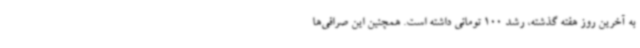
به آخرین روز هفته گذشته، رشد 100 تومانی داشته است. همچنین این صرافی‌ها